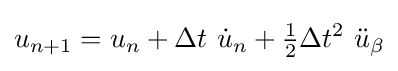
u_{n+1}=u_{n}+\Delta t~{\dot {u}}_{n}+{\begin{matrix}{\frac {1}{2}}\end{matrix}}\Delta t^{2}~{\ddot {u}}_{\beta }